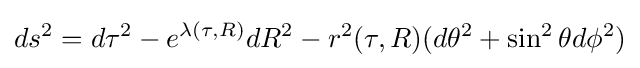
ds^{2}=d\tau ^{2}-e^{\lambda (\tau ,R)}dR^{2}-r^{2}(\tau ,R)(d\theta ^{2}+\sin ^{2}\theta d\phi ^{2})